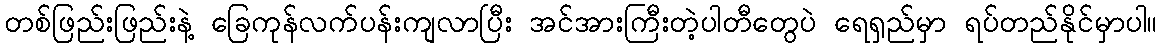
တစ်ဖြည်းဖြည်းနဲ့ ခြေကုန်လက်ပန်းကျလာပြီး အင်အားကြီးတဲ့ပါတီတွေပဲ ရေရှည်မှာ ရပ်တည်နိုင်မှာပါ။